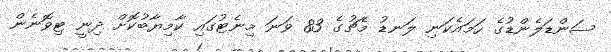
ސަންޑަލެންޑުގެ ހަމައެކަނި ލަނޑު މެޗުގެ 83 ވަނަ މިނެޓުގައި ކާމިޔާބުކޮށް ދިނީ ޓިވޮނެން